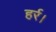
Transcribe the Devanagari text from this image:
हर्र।